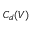
C _ { d } ( V )